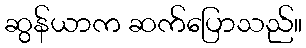
ဆွန်ယာက ဆက်ပြောသည်။